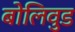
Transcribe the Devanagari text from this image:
बोलिवुड